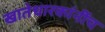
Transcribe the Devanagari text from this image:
खातेधारकांनींच